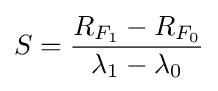
S={\frac {R_{F_{1}}-R_{F_{0}}}{\lambda _{1}-\lambda _{0}}}